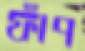
ফাঁপ